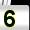
Digit: 5